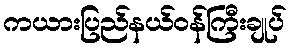
ကယားပြည်နယ်ဝန်ကြီးချုပ်